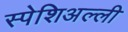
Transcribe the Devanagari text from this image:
स्पेशिअल्ली